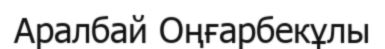
Аралбай Оңғарбекұлы